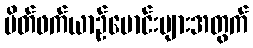
မိတ်ဖက်ယာဉ်မောင်းများအတွက်